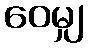
ဝေမျှ